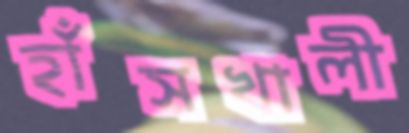
হাঁসখালী